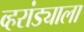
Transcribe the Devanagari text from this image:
व्हरांड्याला